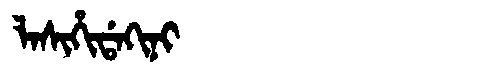
Manchu: ᠯᠠᠰᡳᡥᡳᡩᠠᡴᡳᠨᡳ
Romanization: LASIHIDAKINI